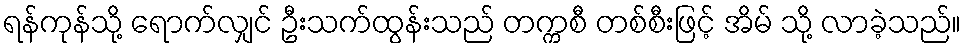
ရန်ကုန်သို့ ရောက်လျှင် ဦးသက်ထွန်းသည် တက္ကစီ တစ်စီးဖြင့် အိမ် သို့ လာခဲ့သည်။